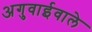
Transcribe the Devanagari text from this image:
अगुवाईवाले